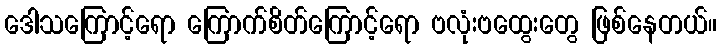
ဒေါသကြောင့်ရော ကြောက်စိတ်ကြောင့်ရော ဗလုံးဗထွေးတွေ ဖြစ်နေတယ်။